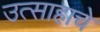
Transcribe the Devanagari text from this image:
उत्‍साहाचे